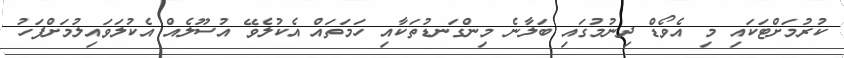
ކުރުމަށްޓަކައި މި އެވޯޑް ދިނުމުގައި ބަލާނެ މިންގަނޑުތަކާއި ހަމަތައް އެކުލެވޭ އުސޫލެއް އެކުލަވައިލުމަށްފަހު